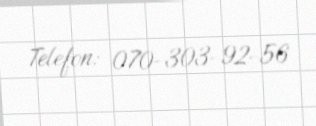
Telefon: 070-303-92-56